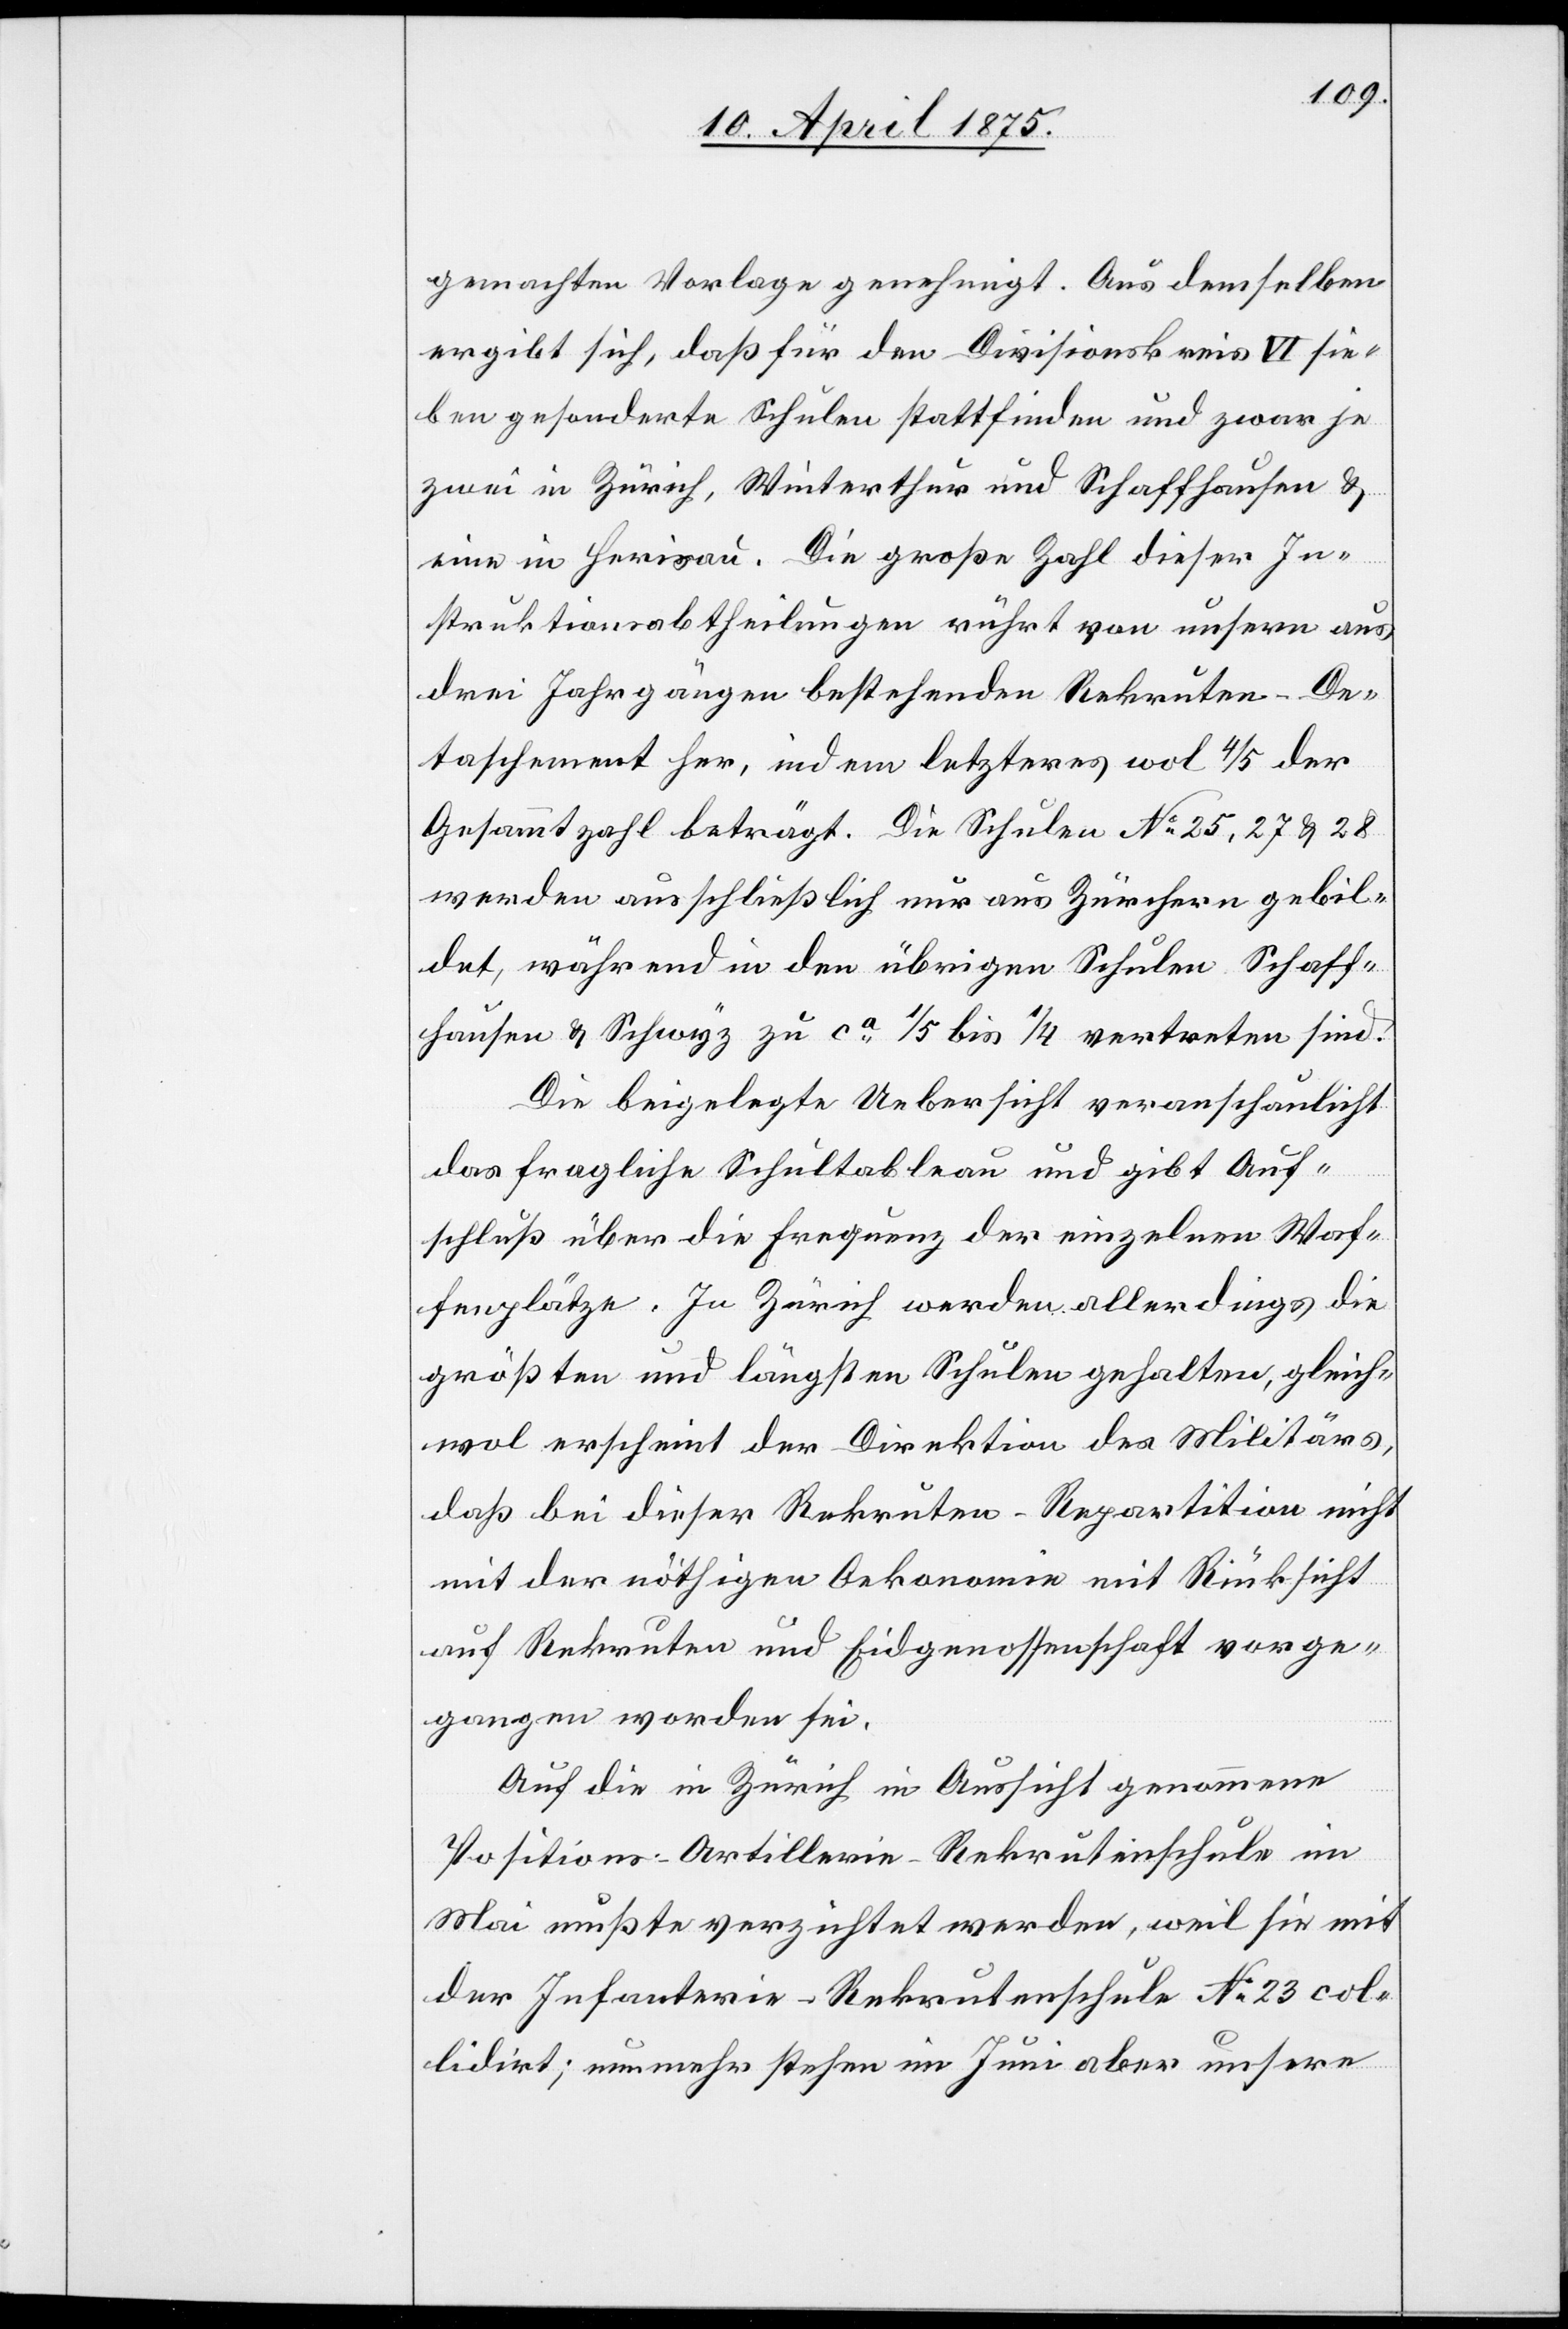
gemachten Vorlage genehmigt. Aus demselben
ergibt sich, daß für den Divisionskreis VI sie¬
ben gesonderte Schulen stattfinden und zwar je
zwei in Zürich, Winterthur und Schaffhausen &
eine in Herisau. Die große Zahl dieser In¬
struktionsabtheilungen rührt von unsern aus
drei Jahrgängen bestehenden Rekruten-De¬
taschement her, indem letzteres wol 4/5 der
Gesamtzahl beträgt. Die Schulen No 25, 27 & 28
werden ausschließlich nur aus Zürchern gebil¬
det, während in den übrigen Schulen Schaff¬
hausen & Schwyz zu ca 1/5 bis 1/4 vertreten sind.
Die beigelegte Uebersicht veranschaulicht
das fragliche Schultableau und gibt Auf¬
schluß über die Frequenz der einzelnen Waf¬
fenplätze. In Zürich werden allerdings die
größten und längsten Schulen gehalten, gleich¬
wol erscheint der Direktion des Militärs,
daß bei dieser Rekruten-Repartition nicht
mit der nöthigen Oekonomie mit Rücksicht
auf Rekruten und Eidgenossenschaft vorge¬
gangen worden sei.
Auf die in Zürich in Aussicht genommene
Positions-Artillerie-Rekrutenschule im
Mai mußte verzichtet werden, weil sie mit
der Infanterie-Rekrutenschule No 23 col¬
lodirt; nunmehr stehen im Juni aber unsere